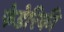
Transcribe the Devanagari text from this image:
फेडेरिकी